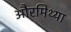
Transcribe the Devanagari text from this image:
औरमिथ्या